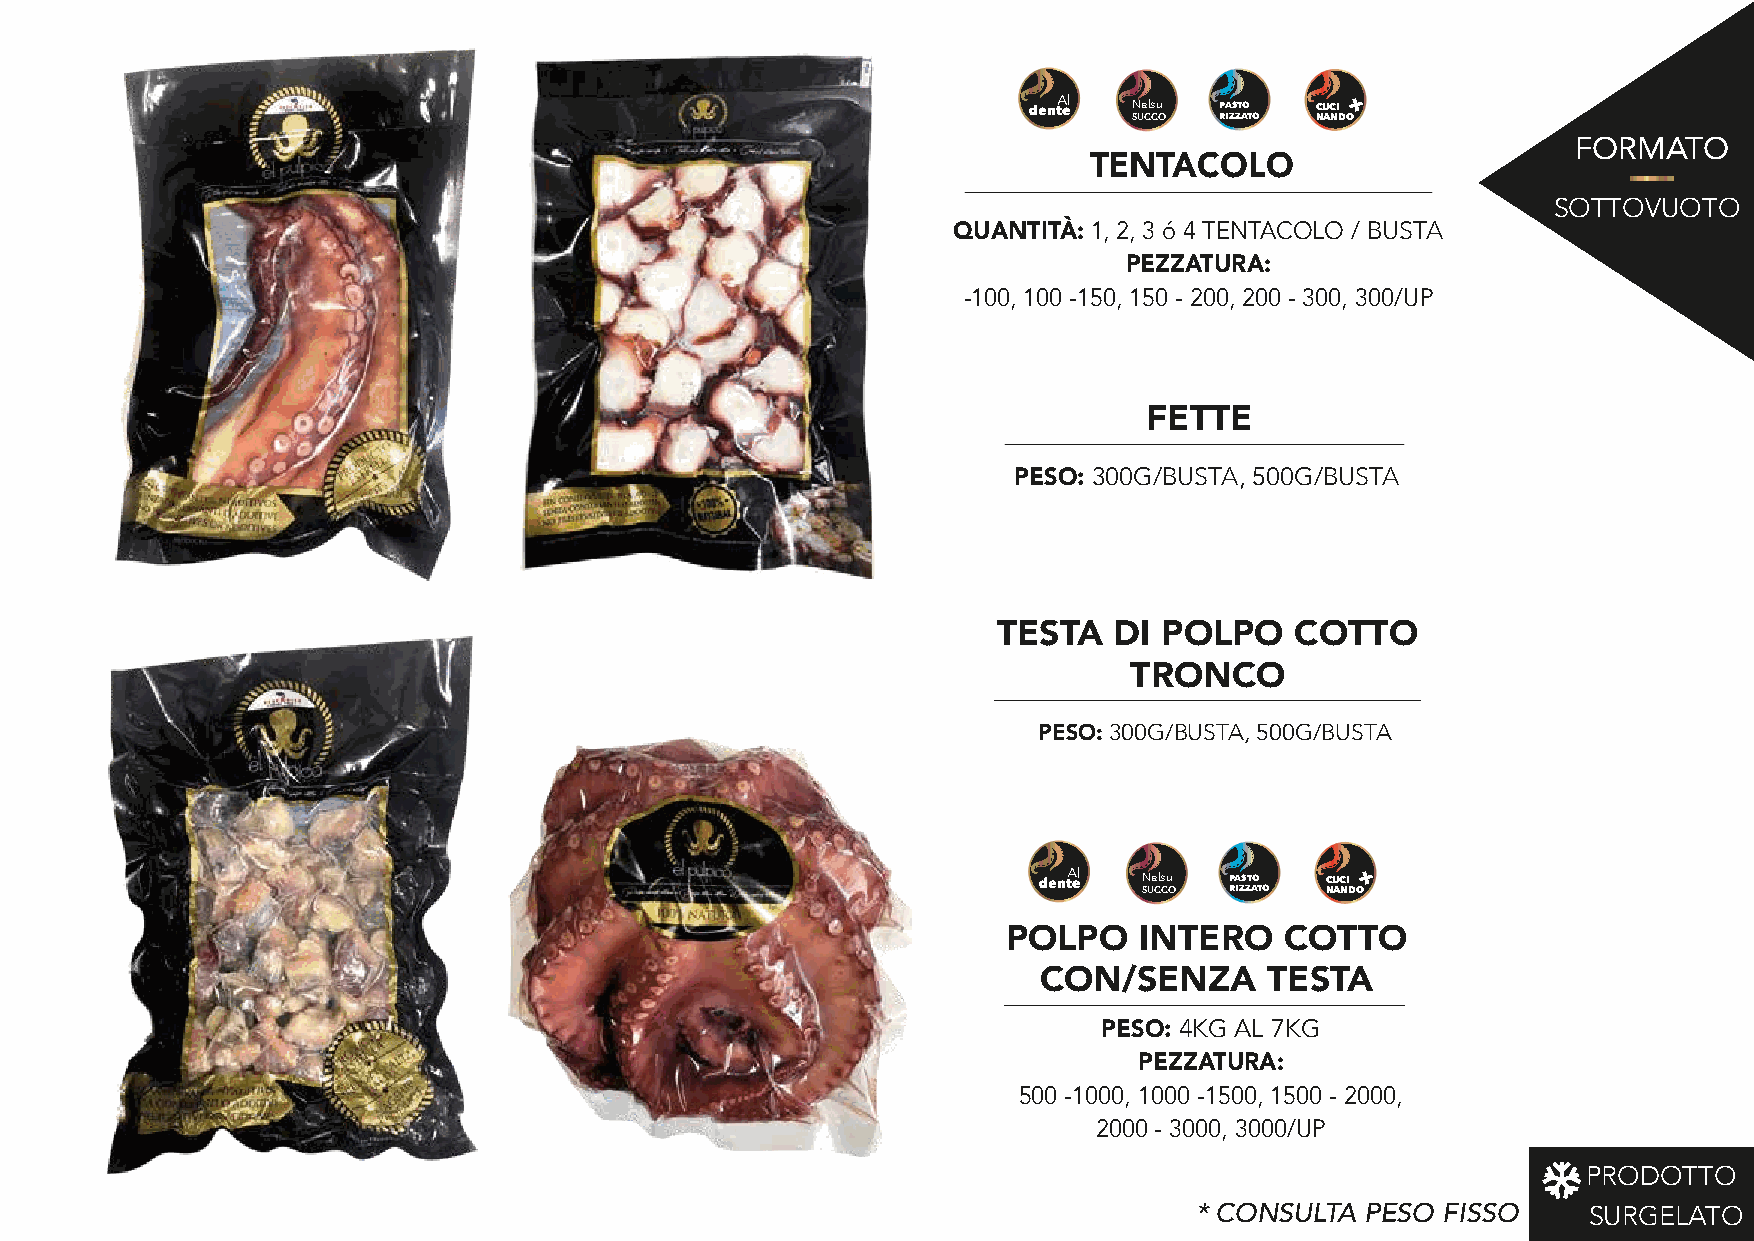
+
 Nelsu PASTO CUCI
 SUCCO RIZZATO NANDO
 FORMATO
 TENTACOLO
 SOTTOVUOTO
 QUANTITÀ: 1, 2, 3 ó 4 TENTACOLO / BUSTA
 PEZZATURA:
 -100, 100 -150, 150 - 200, 200 - 300, 300/UP
 FETTE
 PESO: 300G/BUSTA, 500G/BUSTA
 TESTA   DI POLPO    COTTO
 TRONCO
 PESO: 300G/BUSTA, 500G/BUSTA
 +
 Nelsu PASTO CUCI
 SUCCO RIZZATO NANDO
 POLPO   INTERO    COTTO
 CON/SENZA      TESTA
 PESO: 4KG AL 7KG
 PEZZATURA:
 500 -1000, 1000 -1500, 1500 - 2000,
 2000 - 3000, 3000/UP
 PRODOTTO
 * CONSULTA PESO FISSO     SURGELATO